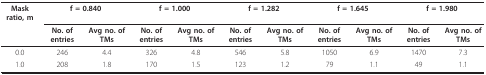
| Mask ratio, m | <COLSPAN=2> f = 0.840 | <COLSPAN=2> f = 1.000 | <COLSPAN=2> f = 1.282 | <COLSPAN=2> f = 1.645 | <COLSPAN=2> f = 1.980 |
 |  | No. of entries | Avg no. of TMs | No. of entries | Avg no. of TMs | No. of entries | Avg no. of TMs | No. of entries | Avg no. of TMs | No. of entries | Avg no. of TMs |
 | --- | --- | --- | --- | --- | --- | --- | --- | --- | --- | --- |
 | 0.0 | 246 | 4.4 | 326 | 4.8 | 546 | 5.8 | 1050 | 6.9 | 1470 | 7.3 |
 | 1.0 | 208 | 1.8 | 170 | 1.5 | 123 | 1.2 | 79 | 1.1 | 49 | 1.1 |